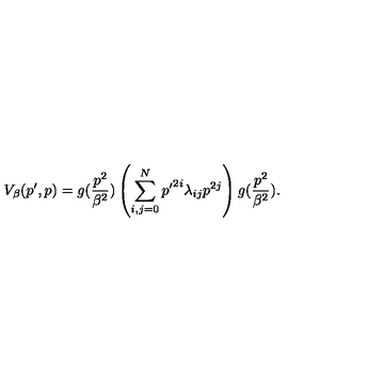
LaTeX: V _ { \beta } ( p ^ { \prime } , p ) = g ( \frac { p ^ { 2 } } { \beta ^ { 2 } } ) \left( \sum _ { i , j = 0 } ^ { N } { p ^ { \prime } } ^ { 2 i } \lambda _ { i j } p ^ { 2 j } \right) g ( \frac { p ^ { 2 } } { \beta ^ { 2 } } ) .